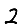
Digit: 2